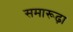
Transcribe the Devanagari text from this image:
समारूढ़ा